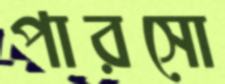
পারসো